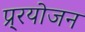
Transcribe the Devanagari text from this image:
प्र्रयोजन